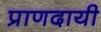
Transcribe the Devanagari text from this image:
प्राणदायी